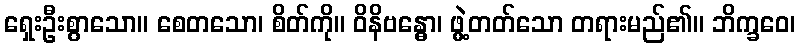
ရှေးဦးစွာသော။ စေတသော၊ စိတ်ကို။ ဝိနိဗန္ဓော၊ ဖွဲ့တတ်သော တရားမည်၏။ ဘိက္ခဝေ၊